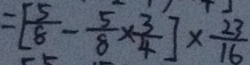
= [ \frac { 5 } { 8 } - \frac { 5 } { 8 } \times \frac { 3 } { 4 } ] \times \frac { 2 3 } { 1 6 }